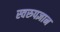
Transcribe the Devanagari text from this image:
स्वरुपज्ञान